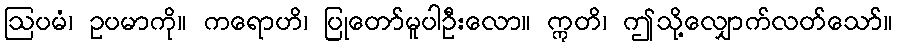
ဩပမံ၊ ဥပမာကို။ ကရောဟိ၊ ပြုတော်မူပါဦးလော။ ဣတိ၊ ဤသို့လျှောက်လတ်သော်။